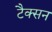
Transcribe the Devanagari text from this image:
टैक्सन